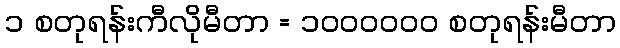
၁ စတုရန်းကီလိုမီတာ = ၁၀၀၀၀၀၀ စတုရန်းမီတာ